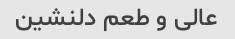
عالی و طعم دلنشین